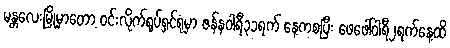
မန္တလေးမြို့မှာတော့ ဝင်းလိုက်ရုပ်ရှင်ရုံမှာ ဇန်နဝါရီ၃၁ရက် နေ့ကစပြီး ဖေဖေါ်ဝါရီ၂ရက်နေ့ထိ